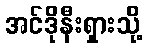
အင်ဒိုနီးရှားသို့